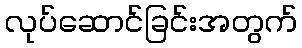
လုပ်ဆောင်ခြင်းအတွက်